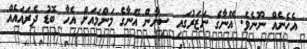
އެހެނެެއް ނޫނެވެ. އޭނާގެ ނަޒަރުގައި ސިނާން އޭނާގެ މަންމައަށް އެހާ ބޮޑު ދެރައައެއް